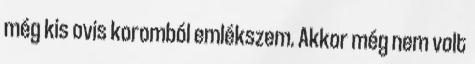
még kis ovis koromból emlékszem. Akkor még nem volt